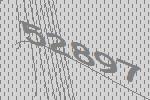
52897